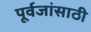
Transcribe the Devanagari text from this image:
पूर्वजांसाठी